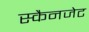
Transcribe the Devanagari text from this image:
स्कैनजेट